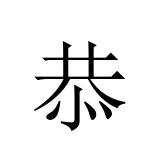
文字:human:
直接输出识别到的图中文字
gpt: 恭